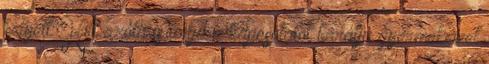
helyett. Hill azóta is tarja a kapcsolatot barátja gyermekeivel